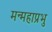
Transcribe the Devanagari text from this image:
मन्महाप्रभु